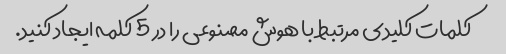
کلمات کلیدی مرتبط با هوش مصنوعی را در 5 کلمه ایجاد کنید.